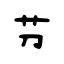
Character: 芀